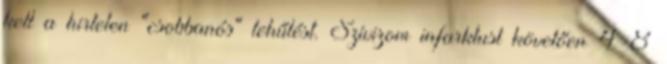
kell a hirtelen "csobbanós" lehűlést. Szívizom infarktust követően 4-8